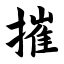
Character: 摧